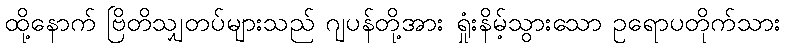
ထို့နောက် ဗြိတိသျှတပ်များသည် ဂျပန်တို့အား ရှုံးနိမ့်သွားသော ဥရောပတိုက်သား